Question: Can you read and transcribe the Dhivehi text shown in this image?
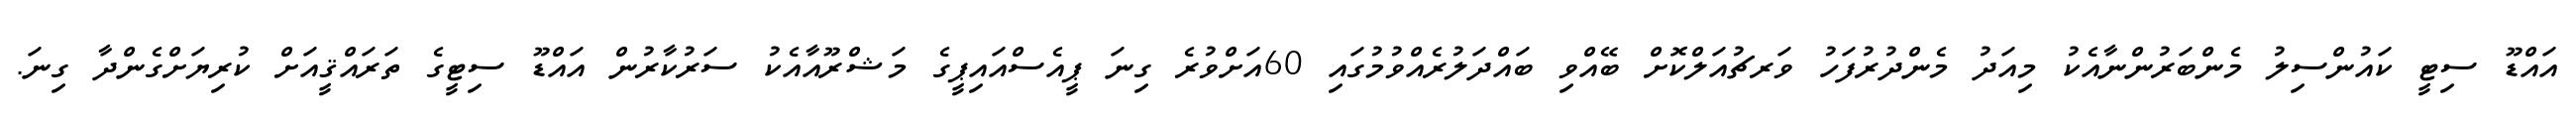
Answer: އައްޑޫ ސިޓީ ކައުންސިލު މެންބަރުންނާއެކު މިއަދު މެންދުރުފަހު ވަރޗުއަލްކޮށް ބޭއްވި ބައްދަލުރެއްވުމުގައި 60އަށްވުރެ ގިނަ ޕީއެސްއައިޕީގެ މަޝްރޫއާއެކު ސަރުކާރުން އައްޑޫ ސިޓީގެ ތަރައްޤީއަށް ކުރިޔަށްގެންދާ ގިނަ.